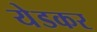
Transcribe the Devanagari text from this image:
येडकर